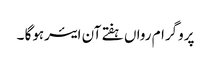
پروگرام رواں ہفتے آن ایئرہوگا ۔